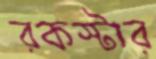
রকস্টার